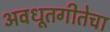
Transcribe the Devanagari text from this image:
अवधूतगीतेचा